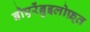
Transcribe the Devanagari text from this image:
बोएरेंब्रुइलोफ़्त